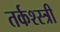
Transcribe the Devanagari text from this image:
तर्कश्स्त्री